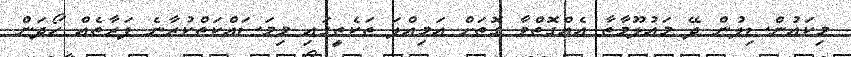
މިކައުންސިލުން ދޭ މަޢުލޫމާތާ އެއްގޮތްވާ ގޮތަށް އަމިއްލަ ތަކެތީގައި މިމަސައްކަތްކުރާނެ ފަރާތެއް ހޯދަން